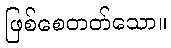
ဖြစ်စေတတ်သော။